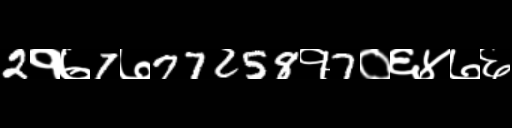
Text: 2१७7७77258१7०६४७६